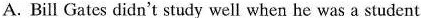
A. Bill Gates didn't study well when he was a student